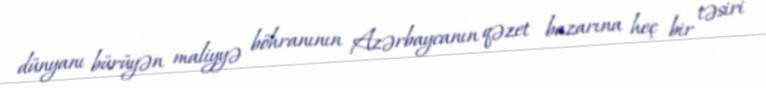
dünyanı bürüyən maliyyə böhranının Azərbaycanın qəzet bazarına heç bir təsiri